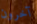
آخرون